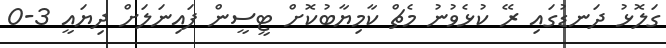
ގަލޮޅު ދަނޑުގައި ރޭ ކުޅެވުނު މެޗް ކާމިޔާބުކޮށް ޓީސީން ފައިނަލަށް ދިޔައީ 3-0